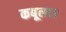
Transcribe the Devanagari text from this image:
कबूला।